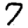
Digit: 7